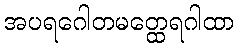
အပရဂေါတမတ္ထေရဂါထာ